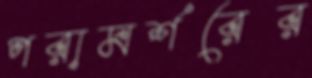
পরামর্শরের